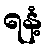
ရနံ့